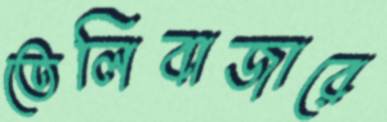
তেলিবাজারে